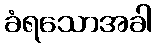
ခံရသောအခါ